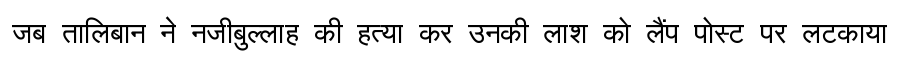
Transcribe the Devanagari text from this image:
जब तालिबान ने नजीबुल्लाह की हत्या कर उनकी लाश को लैंप पोस्ट पर लटकाया